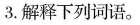
3.解释下列词语。